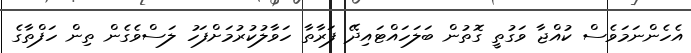
އެހެންނަމަވެސް ކުއްޖާ ވަގުތީ ގޮތުން ބަލަހައްޓައިދޭ ފަރާތާ ހަވާލުކުރުމަށްފަހު ލަސްވެގެން ތިން ހަފްތާގެ